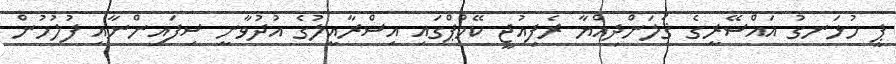
ޕީ ހުޅަނގު އައްސޭރީގެ ޤަލަންދިއްޔާ ރެފިއުޖީ ކޭމްޕްގައި އިސްރާއީލުގެ އުދުވާނީ ސިފައިންނާއި ފުލުހުން